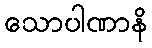
သောပါဏာနိ